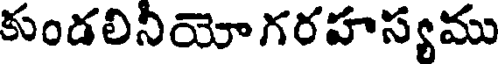
కుండలినియోగరహస్యము